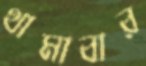
থামাবার